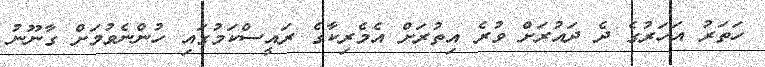
ހަތަރު އަހަރުގެ ދެ ދައުރަށް ވުރެ އިތުރަށް އެމެރިކާގެ ރައީސްކަމުގައި ހުންނެވުމަށް ގާނޫނު